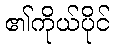
၏ကိုယ်ပိုင်